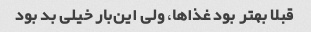
قبلا بهتر بود غذاها، ولی این‌بار خیلی بد بود